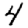
Digit: 4